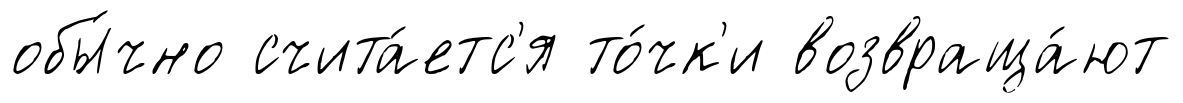
обы́чно счита́етс'я то́чк'и возвраща́ют